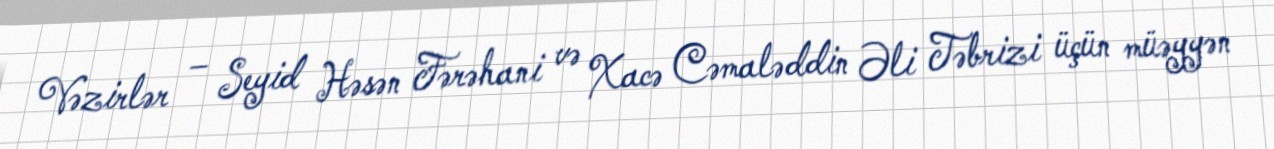
Vəzirlər – Seyid Həsən Fərəhani və Xacə Cəmaləddin Əli Təbrizi üçün müəyyən